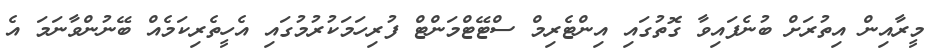
މީރާއިން އިތުރަށް ބުނެފައިވާ ގޮތުގައި އިންޓެރިމް ސްޓޭޓްމަންޓް ފުރިހަމަކުރުމުގައި އެހީތެރިކަމެއް ބޭނުންވާނަމަ އެ